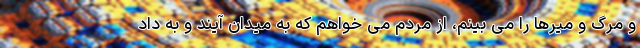
و مرگ و میرها را می بینم، از مردم می خواهم که به میدان آیند و به داد